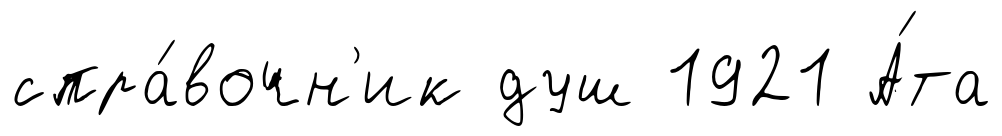
спра́вочн'ик душ 1921 А́та